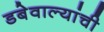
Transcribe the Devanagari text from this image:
डबेवाल्यांची